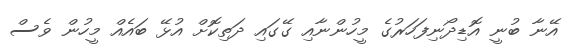
އޭނާ ބުނީ އޮޑިދޯނިފަހަރުގެ މީހުންނާއި ގޭގައި ދަތިކޮށް އުޅޭ ބައެއް މީހުން ވެސް